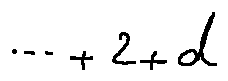
\cdots + 2 + d